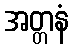
အတ္တနံ